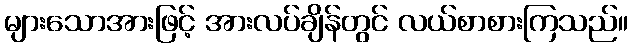
များသောအားဖြင့် အားလပ်ချိန်တွင် လယ်စာစားကြသည်။